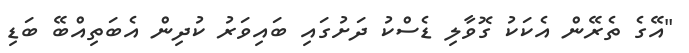
"އޭގެ ތެރޭން އެކަކު ގޮވާލި ޑެސްކު ދަށުގައި ބައިވަރު ކުދިން އެބަތިއްބޭ ބަޑި